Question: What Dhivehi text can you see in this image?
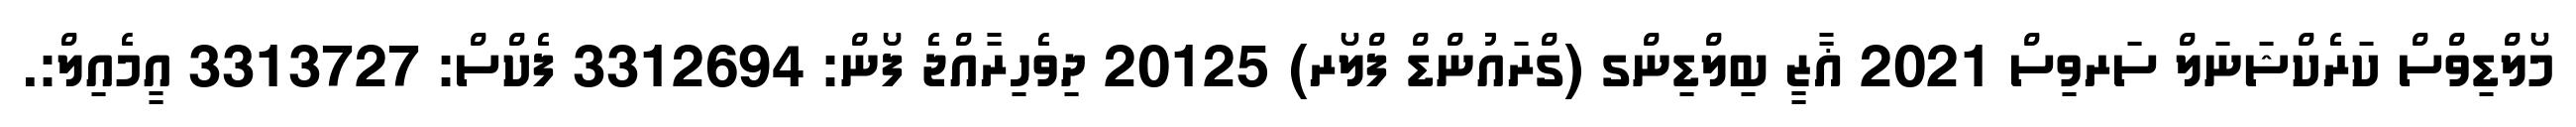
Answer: މޯލްޑިވްސް ކަރެކްޝަނަލް ސަރވިސް 2021 ޣާޒީ ބިލްޑިންގ (ގްރައުންޑް ފްލޯރ) 20125 ދިވެހިރާއްޖެ ފޯން: 3312694 ފެކްސް: 3313727 އީމެއިލް:.